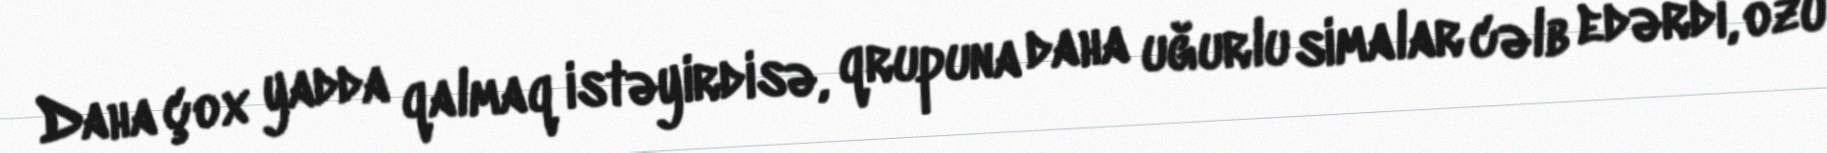
Daha çox yadda qalmaq istəyirdisə, qrupuna daha uğurlu simalar cəlb edərdi, özü